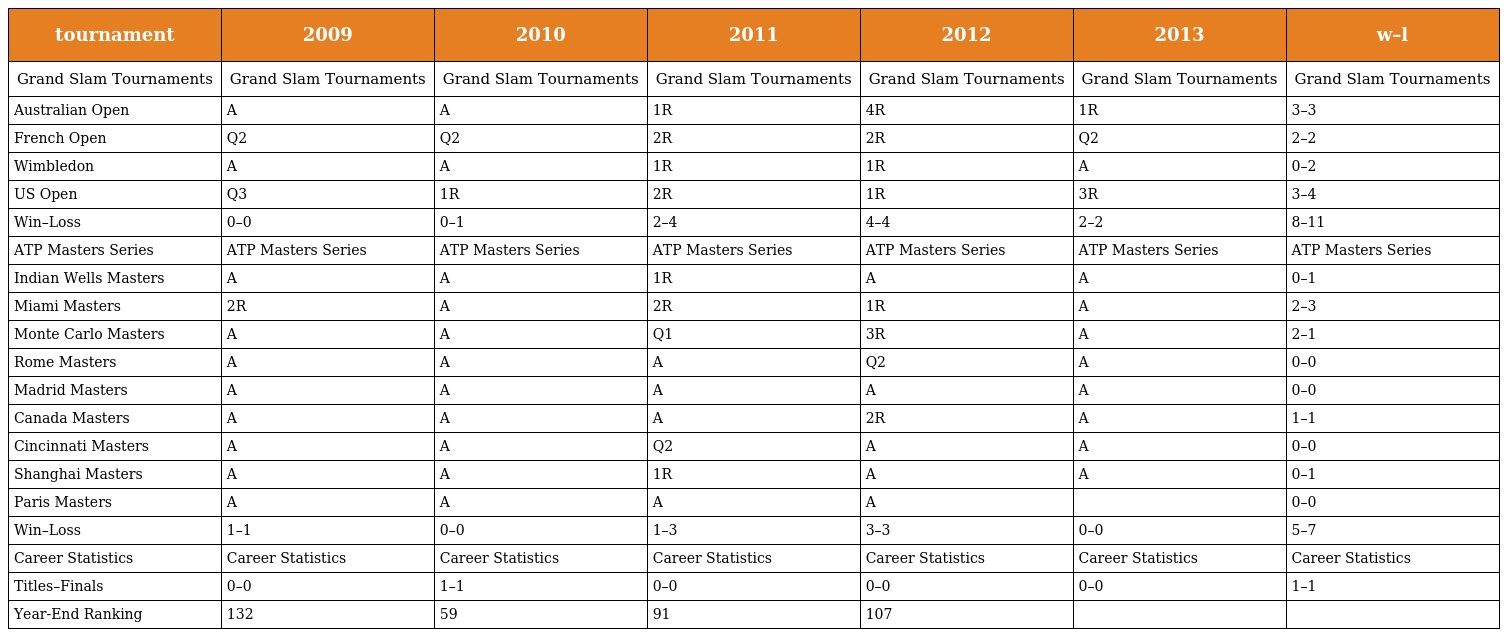
| tournament | 2009 | 2010 | 2011 | 2012 | 2013 | w–l |
 | --- | --- | --- | --- | --- | --- | --- |
 | Grand Slam Tournaments | Grand Slam Tournaments | Grand Slam Tournaments | Grand Slam Tournaments | Grand Slam Tournaments | Grand Slam Tournaments | Grand Slam Tournaments |
 | Australian Open | A | A | 1R | 4R | 1R | 3–3 |
 | French Open | Q2 | Q2 | 2R | 2R | Q2 | 2–2 |
 | Wimbledon | A | A | 1R | 1R | A | 0–2 |
 | US Open | Q3 | 1R | 2R | 1R | 3R | 3–4 |
 | Win–Loss | 0–0 | 0–1 | 2–4 | 4–4 | 2–2 | 8–11 |
 | ATP Masters Series | ATP Masters Series | ATP Masters Series | ATP Masters Series | ATP Masters Series | ATP Masters Series | ATP Masters Series |
 | Indian Wells Masters | A | A | 1R | A | A | 0–1 |
 | Miami Masters | 2R | A | 2R | 1R | A | 2–3 |
 | Monte Carlo Masters | A | A | Q1 | 3R | A | 2–1 |
 | Rome Masters | A | A | A | Q2 | A | 0–0 |
 | Madrid Masters | A | A | A | A | A | 0–0 |
 | Canada Masters | A | A | A | 2R | A | 1–1 |
 | Cincinnati Masters | A | A | Q2 | A | A | 0–0 |
 | Shanghai Masters | A | A | 1R | A | A | 0–1 |
 | Paris Masters | A | A | A | A |  | 0–0 |
 | Win–Loss | 1–1 | 0–0 | 1–3 | 3–3 | 0–0 | 5–7 |
 | Career Statistics | Career Statistics | Career Statistics | Career Statistics | Career Statistics | Career Statistics | Career Statistics |
 | Titles–Finals | 0–0 | 1–1 | 0–0 | 0–0 | 0–0 | 1–1 |
 | Year-End Ranking | 132 | 59 | 91 | 107 |  |  |